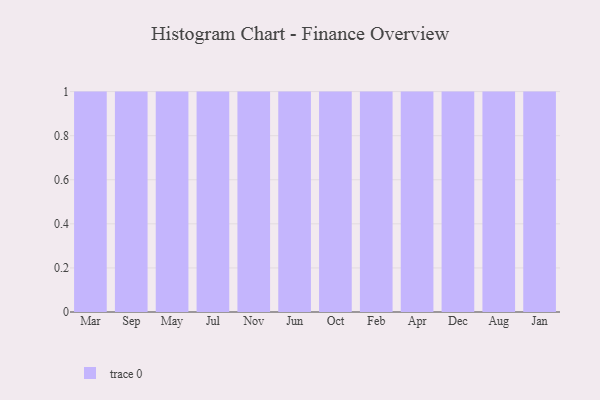
{"axis": {"x": "Month", "y": "Population (Million)"}, "legend": [""], "data": [{"x": "Mar", "y": 4, "type": ""}, {"x": "Sep", "y": 5, "type": ""}, {"x": "May", "y": 89, "type": ""}, {"x": "Jul", "y": 84, "type": ""}, {"x": "Nov", "y": 54, "type": ""}, {"x": "Jun", "y": 54, "type": ""}, {"x": "Oct", "y": 88, "type": ""}, {"x": "Feb", "y": 71, "type": ""}, {"x": "Apr", "y": 63, "type": ""}, {"x": "Dec", "y": 53, "type": ""}, {"x": "Aug", "y": 36, "type": ""}, {"x": "Jan", "y": 27, "type": ""}]}